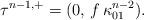
LaTeX: \begin{align*}\tau^{n-1,+} = (0,\, f\,\kappa^{n-2}_{01}).\end{align*}